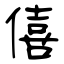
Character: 僖